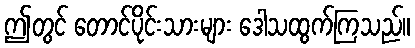
ဤတွင် တောင်ပိုင်းသားများ ဒေါသထွက်ကြသည်။